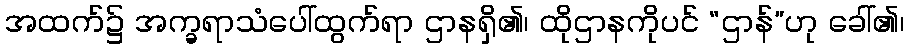
အထက်၌ အက္ခရာသံပေါ်ထွက်ရာ ဌာနရှိ၏၊ ထိုဌာနကိုပင် “ဌာန်”ဟု ခေါ်၏၊